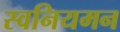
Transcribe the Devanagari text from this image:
स्वनियमन